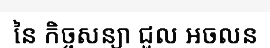
នៃ កិច្ចសន្យា ជួល អចលន